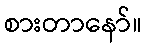
စားတာနော်။